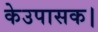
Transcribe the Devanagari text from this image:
केउपासक।